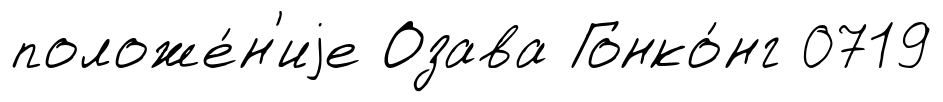
положе́н'иjе Озава Гонко́нг 0719